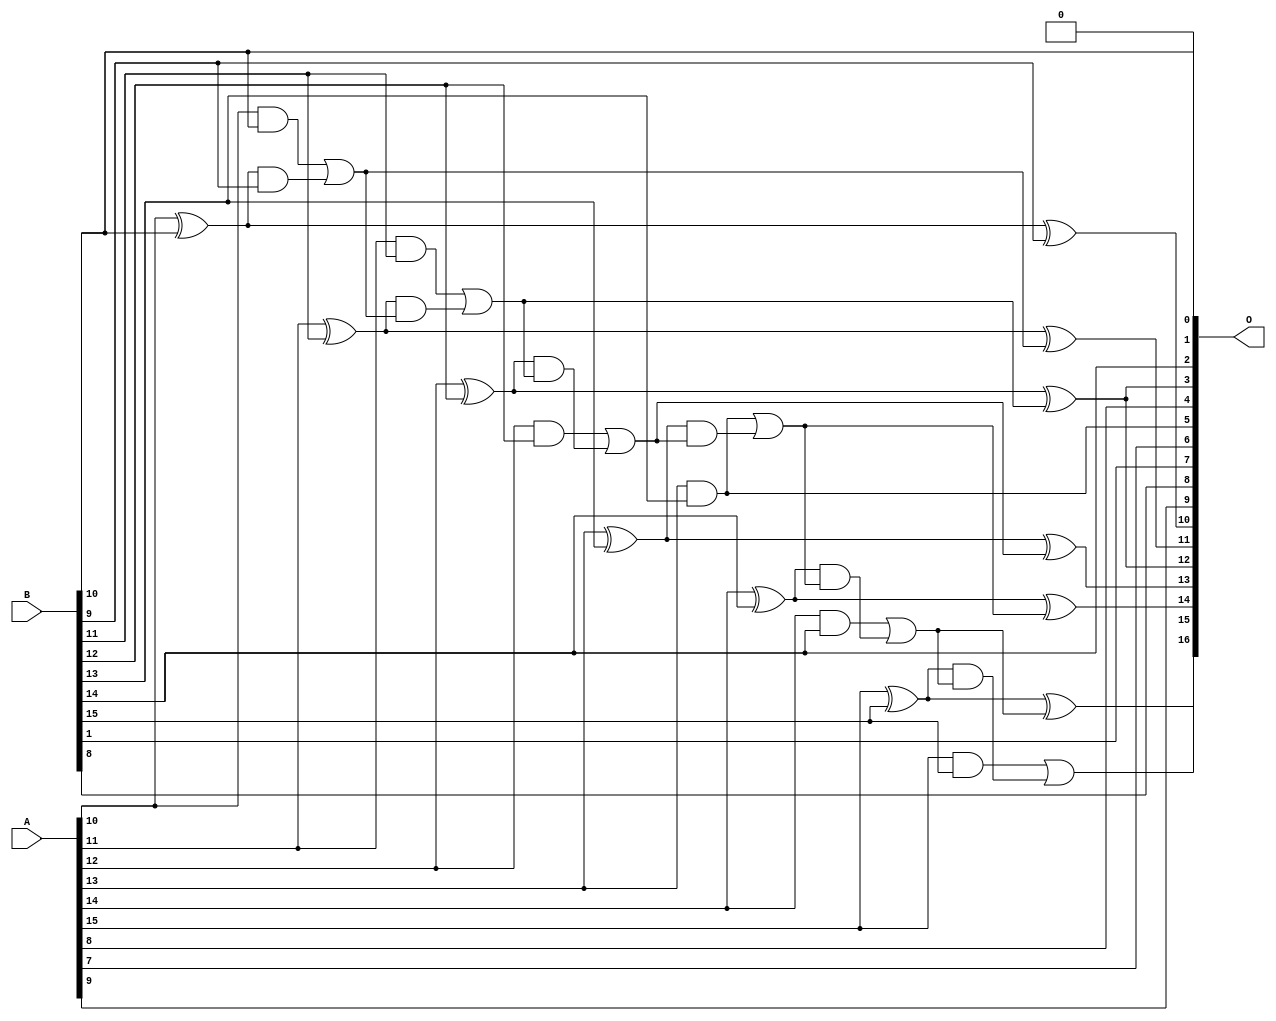
// This program was cloned from: https://github.com/ehw-fit/evoapproxlib
// License: MIT License

/***
* This code is a part of EvoApproxLib library (ehw.fit.vutbr.cz/approxlib) distributed under The MIT License.
* When used, please cite the following article(s):  
* This file contains a circuit from a sub-set of pareto optimal circuits with respect to the pwr and mse parameters
***/
// MAE% = 0.20 %
// MAE = 262 
// WCE% = 0.52 %
// WCE = 684 
// WCRE% = 6300.00 %
// EP% = 99.91 %
// MRE% = 0.55 %
// MSE = 92039 
// PDK45_PWR = 0.026 mW
// PDK45_AREA = 55.8 um2
// PDK45_DELAY = 0.51 ns


module add16u_0DL(A, B, O);
  input [15:0] A, B;
  output [16:0] O;
  wire sig_79, sig_80, sig_81, sig_83, sig_84, sig_85;
  wire sig_86, sig_88, sig_89, sig_90, sig_91, sig_93;
  wire sig_94, sig_96, sig_98, sig_99, sig_100, sig_101;
  wire sig_103, sig_104, sig_105, sig_106;
  assign O[0] = B[10];
  assign O[1] = 1'b0;
  assign sig_79 = A[10] ^ B[10];
  assign sig_80 = A[10] & B[10];
  assign sig_81 = sig_79 & B[9];
  assign O[10] = sig_79 ^ B[9];
  assign sig_83 = sig_80 | sig_81;
  assign sig_84 = A[11] ^ B[11];
  assign sig_85 = A[11] & B[11];
  assign sig_86 = sig_84 & sig_83;
  assign O[11] = sig_84 ^ sig_83;
  assign sig_88 = sig_85 | sig_86;
  assign sig_89 = A[12] ^ B[12];
  assign sig_90 = A[12] & B[12];
  assign sig_91 = sig_89 & sig_88;
  assign O[3] = sig_89 ^ sig_88;
  assign sig_93 = sig_90 | sig_91;
  assign sig_94 = A[13] ^ B[13];
  assign O[5] = A[13] & B[13];
  assign sig_96 = sig_94 & sig_93;
  assign O[13] = sig_94 ^ sig_93;
  assign sig_98 = O[5] | sig_96;
  assign sig_99 = A[14] ^ B[14];
  assign sig_100 = A[14] & B[14];
  assign sig_101 = sig_99 & sig_98;
  assign O[14] = sig_99 ^ sig_98;
  assign sig_103 = sig_100 | sig_101;
  assign sig_104 = A[15] ^ B[15];
  assign sig_105 = A[15] & B[15];
  assign sig_106 = sig_104 & sig_103;
  assign O[15] = sig_104 ^ sig_103;
  assign O[16] = sig_105 | sig_106;
  assign O[2] = B[14];
  assign O[4] = A[8];
  assign O[6] = A[7];
  assign O[7] = B[1];
  assign O[8] = B[8];
  assign O[9] = A[9];
  assign O[12] = O[3];
endmodule